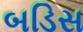
બડિસ